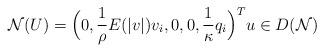
LaTeX: \begin{align*}\mathcal{N}(U) =\Big(0, \frac{1}{\rho} E(|v|) v_i,0,0,\frac{1}{\kappa} q_{i}\Big)^{T} u \in D(\mathcal{N})\end{align*}